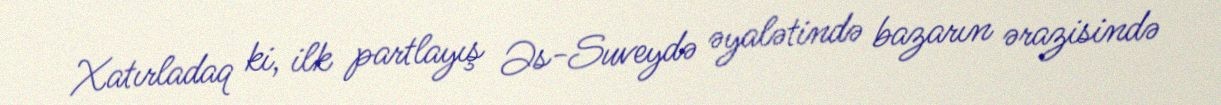
Xatırladaq ki, ilk partlayış Əs-Suveydə əyalətində bazarın ərazisində